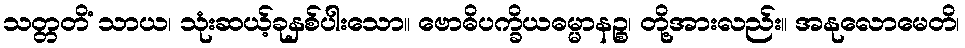
သတ္တတိံ သာယ၊ သုံးဆယ့်ခုနှစ်ပါးသော။ ဗောဓိပက္ခိယဓမ္မာနဉ္စ၊ တို့အားလည်း။ အနုလောမေတိ၊